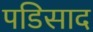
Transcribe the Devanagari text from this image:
पडिसाद